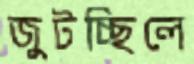
জুটচ্ছিলে